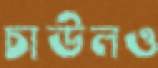
চাউলও